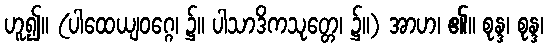
ဟူ၍။ (ပါထေယျဝဂ္ဂေ၊ ၌။ ပါသာဒိကသုတ္တေ၊ ၌။) အာဟ၊ ၏။ စုန္ဒ၊ စုန္ဒ၊